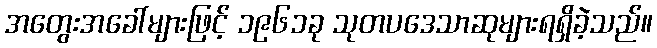
အတွေးအခေါ်များဖြင့် ၁၉၆၁ခု သုတပဒေသာဆုများရရှိခဲ့သည်။